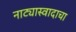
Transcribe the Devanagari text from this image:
नाट्यास्वादाचा